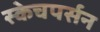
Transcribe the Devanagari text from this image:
स्केचपर्सन